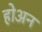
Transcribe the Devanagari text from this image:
होअन